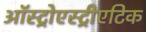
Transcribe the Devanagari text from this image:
ऑस्ट्रोएस्ट्रीएटिक